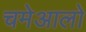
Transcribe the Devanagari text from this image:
चमेआलो